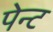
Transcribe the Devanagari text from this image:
पेन्‍ट